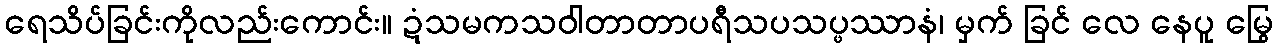
ရေသိပ်ခြင်းကိုလည်းကောင်း။ ဍံသမကသဝါတာတာပရီသပသပ္ဖဿာနံ၊ မှက် ခြင် လေ နေပူ မြွေ